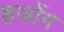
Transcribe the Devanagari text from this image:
हजोंग